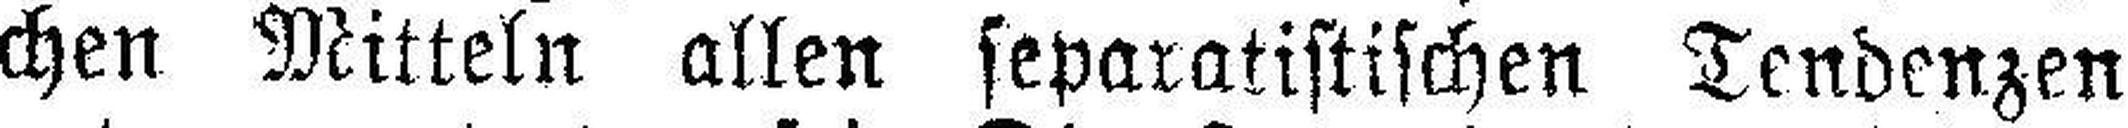
chen Mitteln allen separatistischen Tendenzen